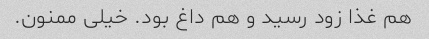
هم غذا زود رسید و هم داغ بود. خیلی ممنون.